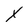
Character: X